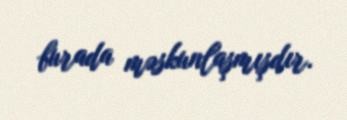
burada məskunlaşmışdır.